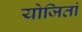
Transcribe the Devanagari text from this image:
योजितां